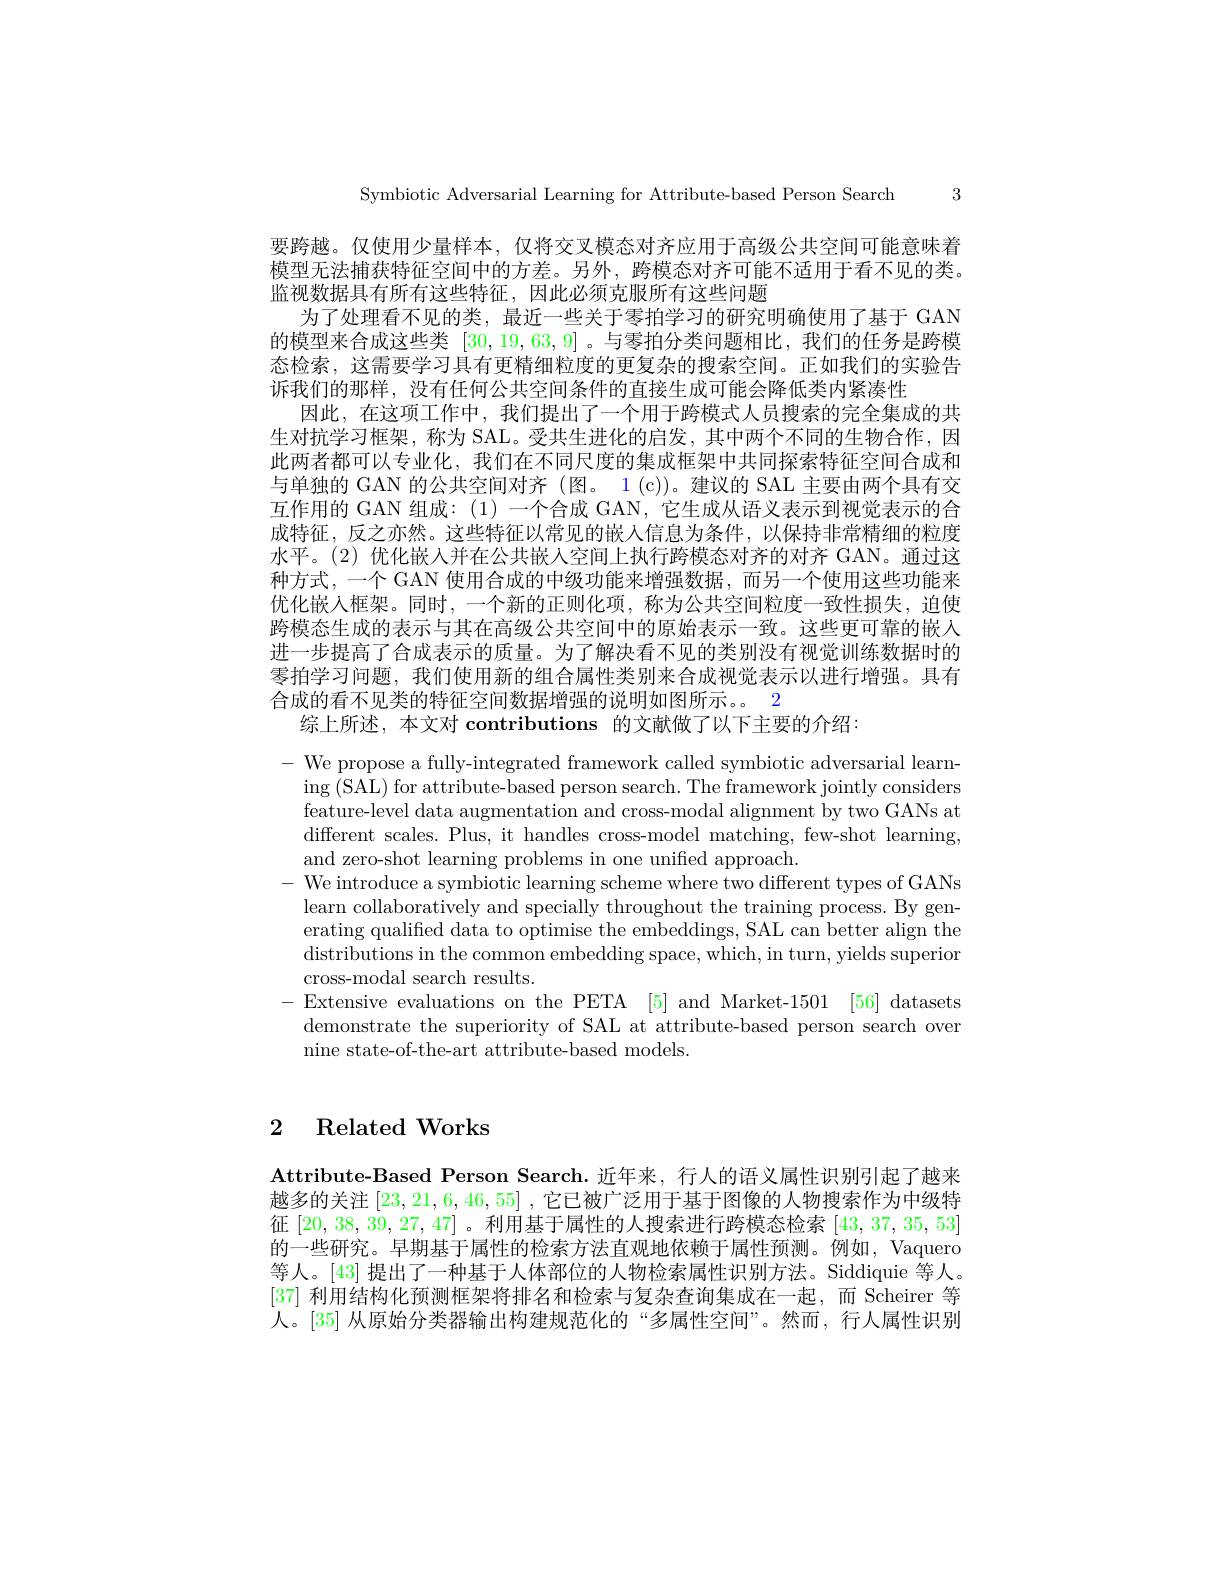
Symbiotic Adversarial Learning for Attribute-based Person Search 3

要跨越。仅使用少量样本，仅将交叉模态对齐应用于高级公共空间可能意味着模型无法捕获特征空间中的方差。另外，跨模态对齐可能不适用于看不见的类。监视数据具有所有这些特征，因此必须克服所有这些问题
为了处理看不见的类，最近一些关于零拍学习的研究明确使用了基于 GAN 的模型来合成这些类[30,19,63,9] 。与零拍分类问题相比，我们的任务是跨模态检索，这需要学习具有更精细粒度的更复杂的搜索空间。正如我们的实验告诉我们的那样，没有任何公共空间条件的直接生成可能会降低类内紧凑性
因此，在这项工作中，我们提出了一个用于跨模式人员搜索的完全集成的共生对抗学习框架，称为 SAL。受共生进化的启发，其中两个不同的生物合作，因此两者都可以专业化，我们在不同尺度的集成框架中共同探索特征空间合成和与单独的 GAN 的公共空间对齐 (图。1 (c))。建议的 SAL 主要由两个具有交互作用的 GAN 组成：(1)一个合成 GAN,它生成从语义表示到视觉表示的合成特征，反之亦然。这些特征以常见的嵌入信息为条件，以保持非常精细的粒度水平。(2)优化嵌入并在公共嵌人空间上执行跨模态对齐的对齐 GAN。通过这种方式，一个 GAN 使用合成的中级功能来增强数据，而另一个使用这些功能来优化嵌入框架。同时，一个新的正则化项，称为公共空间粒度一致性损失，迫使跨模态生成的表示与其在高级公共空间中的原始表示一致。这些更可靠的嵌人进一步提高了合成表示的质量。为了解决看不见的类别没有视觉训练数据时的零拍学习问题，我们使用新的组合属性类别来合成视觉表示以进行增强。具有合成的看不见类的特征空间数据增强的说明如图所示。2
综上所述，本文对 contributions 的文献做了以下主要的介绍：

- We propose a fully-integrated framework called symbiotic adversarial learn-
ing (SAL) for attribute-based person search. The framework jointly considers feature-level data augmentation and cross-modal alignment by two GANs at different scales. Plus, it handles cross-model matching, few-shot learning, and zero-shot learning problems in one unified approach.
$-{\text{ We introduce a symbiotic learning scheme where two different types of GANs}}$
learn collaboratively and specially throughout the training process. By generating qualified data to optimise the embeddings, SAL can better align the distributions in the common embedding space, which, in turn, yields superior cross-modal search results.
$\begin{array}{l}{-\text{Extensive evaluations on the PETA}}&{[5]}&{\mathrm{and~Market-1501}}&{[56]}&{\mathrm{datasets}}\\{\mathrm{demonstrate~the~superiority~of~SAL~at~atttribute-based~person~search~over}}\end{array}$
nine state-of-the-art attribute-based models

# 2 Related Works

Attribute-Based Person Search. 近年来，行人的语义属性识别引起了越来越多的关注[23,21,6,46,55] ,它已被广泛用于基于图像的人物搜索作为中级特征[20,38,39,27,47] 。利用基于属性的人搜索进行跨模态检索[43,37,35,53] 的一些研究。早期基于属性的检索方法直观地依赖于属性预测。例如，Vaquero 等人。[43] 提出了一种基于人体部位的人物检索属性识别方法。Siddiquie 等人。[37]利用结构化预测框架将排名和检索与复杂查询集成在一起，而 Scheirer 等人。[35] 从原始分类器输出构建规范化的“多属性空间”。然而，行人属性识别